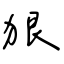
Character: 狠